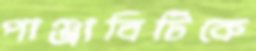
পাঞ্জাবিটিকে